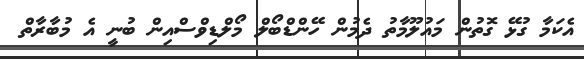
އެކަމާ ގުޅޭ ގޮތުން މައުލޫމާތު ދެމުން ހޭންޑްބޯލް މޯލްޑިވްސްއިން ބުނީ އެ މުބާރާތް